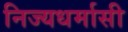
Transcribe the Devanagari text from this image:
निज्यधर्मासी